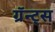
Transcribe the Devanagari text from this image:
ग्रॅन्ट्‍स